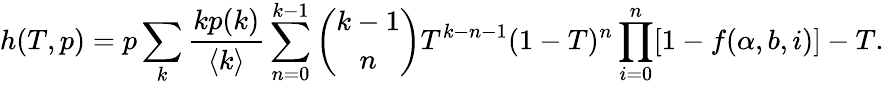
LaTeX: h(T,p)=p\sum_{k}\frac{kp(k)}{\langle k\rangle}\sum_{n=0}^{k-1}\binom{k-1}{n}T^{k-n-1}(1-T)^{n}\prod_{i=0}^{n}[1-f(\alpha,b,i)]-T.